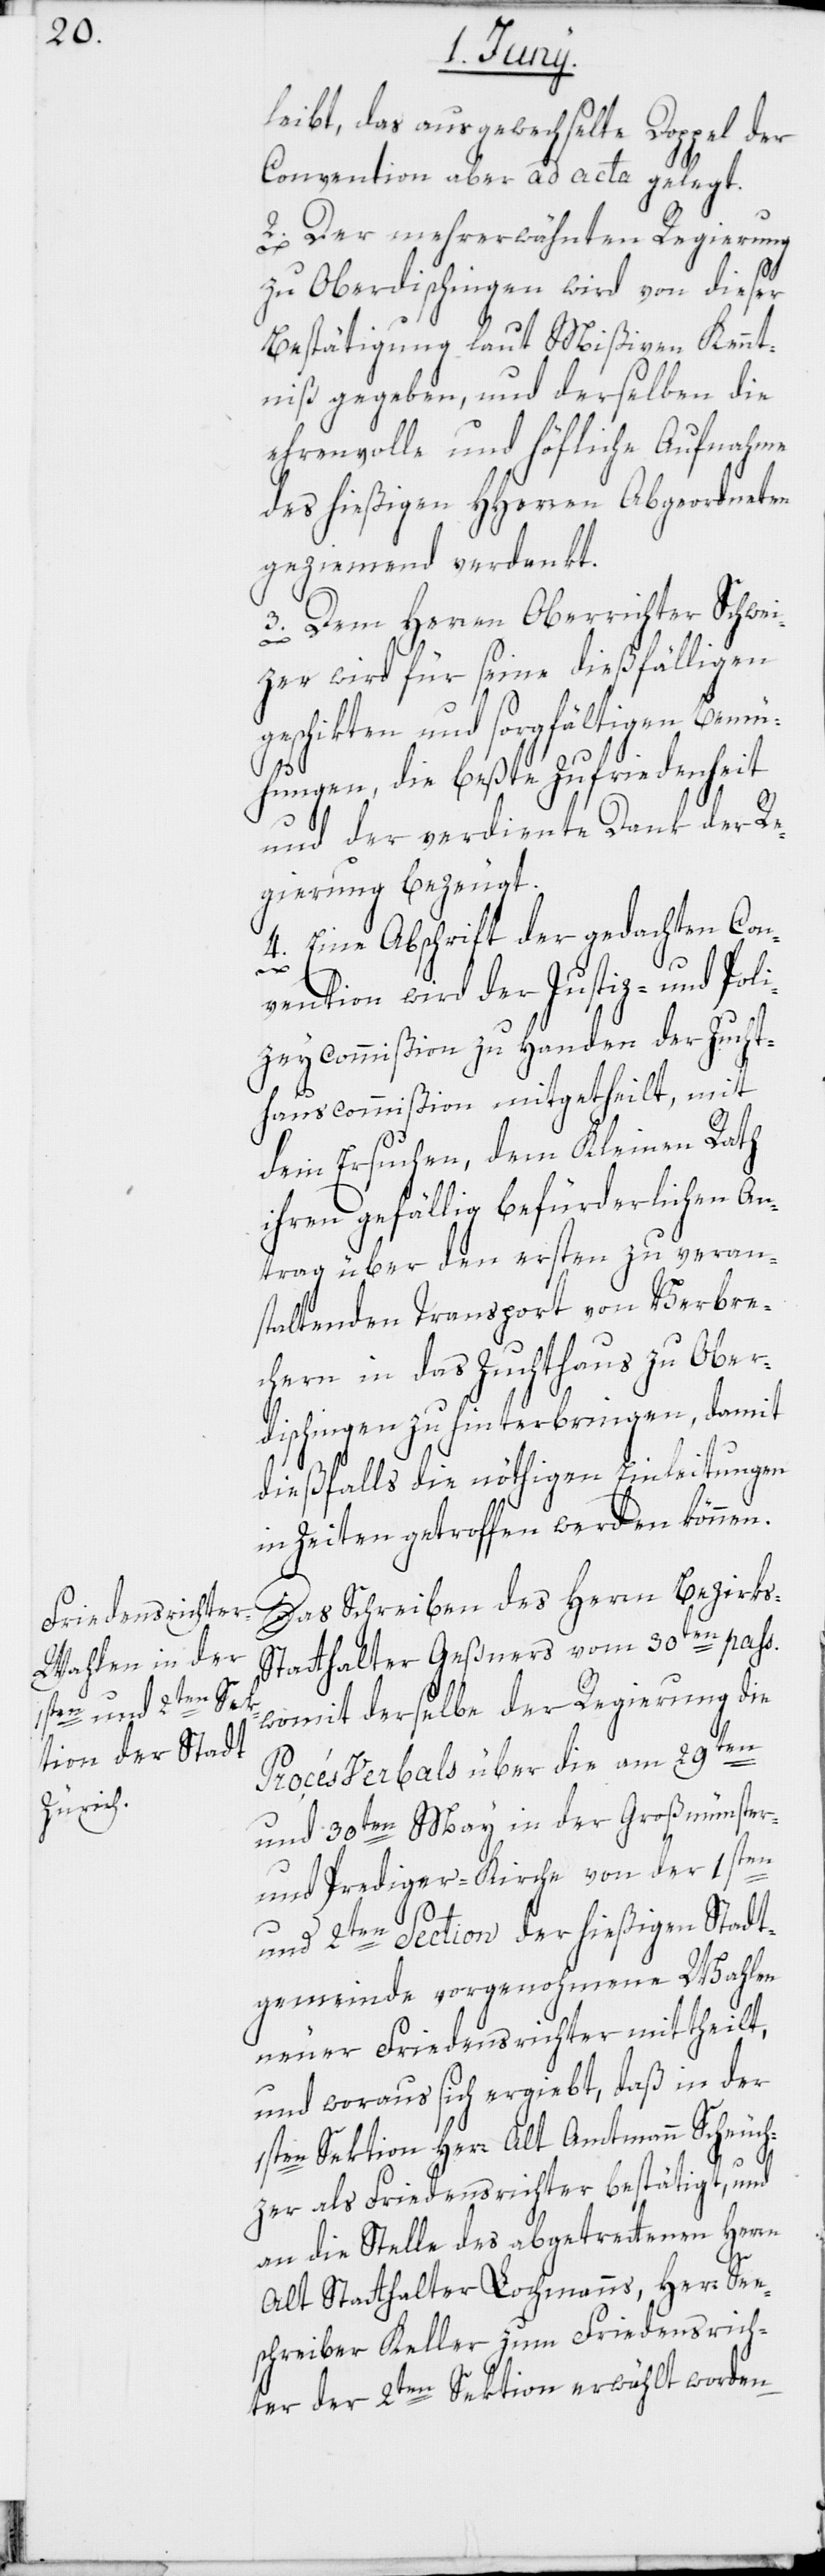
leibt, das ausgewechselte Doppel der
Convention aber ad acta gelegt.
2. Der mehrerwähnten Regierung
zu Oberdischingen wird von dieser
Bestätigung laut Mißiven Kennt¬
niß gegeben, und derselben die
ehrenvolle und höfliche Aufnahme
des hießigen HHerren Abgeordneten
geziemend verdankt.
3. Dem Herren Oberrichter Schwei¬
zer wird für seine dießfälligen
geschikten und sorgfältigen Bemü¬
hungen, die beßte Zufriedenheit
und der verdiente Dank der Re¬
gierung bezeugt.
4. Eine Abschrift der gedachten Con¬
vention wird der Justiz- und Poli¬
zeycommißion zu Handen der Zucht¬
hauscommißion mitgetheilt, mit
dem Ersuchen, dem Kleinen Rath
ihren gefällig befürderlichen An¬
trag über den ersten zu veran¬
staltenden Transport von Verbre¬
chern in das Zuchthaus zu Ober¬
dischingen zu hinterbringen, damit
dießfalls die nöthigen Einleitungen
in Zeiten getroffen werden können.
Das Schreiben des Herrn Bezirk¬
s-Statthalter Geßners vom 30ten pass.
womit derselbe der Regierung die
Procés Verbals über die am 29ten
und 30ten May in der Großmünster-
und Prediger-Kirche von der 1sten
und 2ten Section der hießigen Stadt¬
gemeinde vorgenohmene Wahlen
neuer Friedensrichter mittheilt,
und woraus sich ergiebt, daß in der
1sten Sektion Herr Alt Amtmann Scheuch¬
zer als Friedensrichter bestätigt, und
an die Stelle des abgetrettenen Herrn
Alt Statthalter Lochmanns, Herr See¬
schreiber Keller zum Friedensrich¬
ter der 2ten Sektion erwählt worden